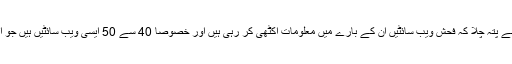
وانڈیرا کمپنی کی جانب سے امریکہ اور برطانیہ میں 10ہزار موبائل فون صارفین پر کی گئی تحقیق سے پتہ چلا کہ فحش ویب سائٹیں ان کے بارے میں معلومات اکٹھی کر رہی ہیں اور خصوصاً 40 سے 50 ایسی ویب سائٹیں ہیں جو اس مقصد کیلئے صارفین کے موبائل فون میں ڈیٹا چوری کرنے والے سافٹ ویئر بھی انسٹال کرتی ہیں۔